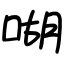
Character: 㗅